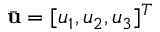
\bar { \mathbf { u } } = [ u _ { 1 } , u _ { 2 } , u _ { 3 } ] ^ { T }